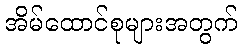
အိမ်ထောင်စုများအတွက်